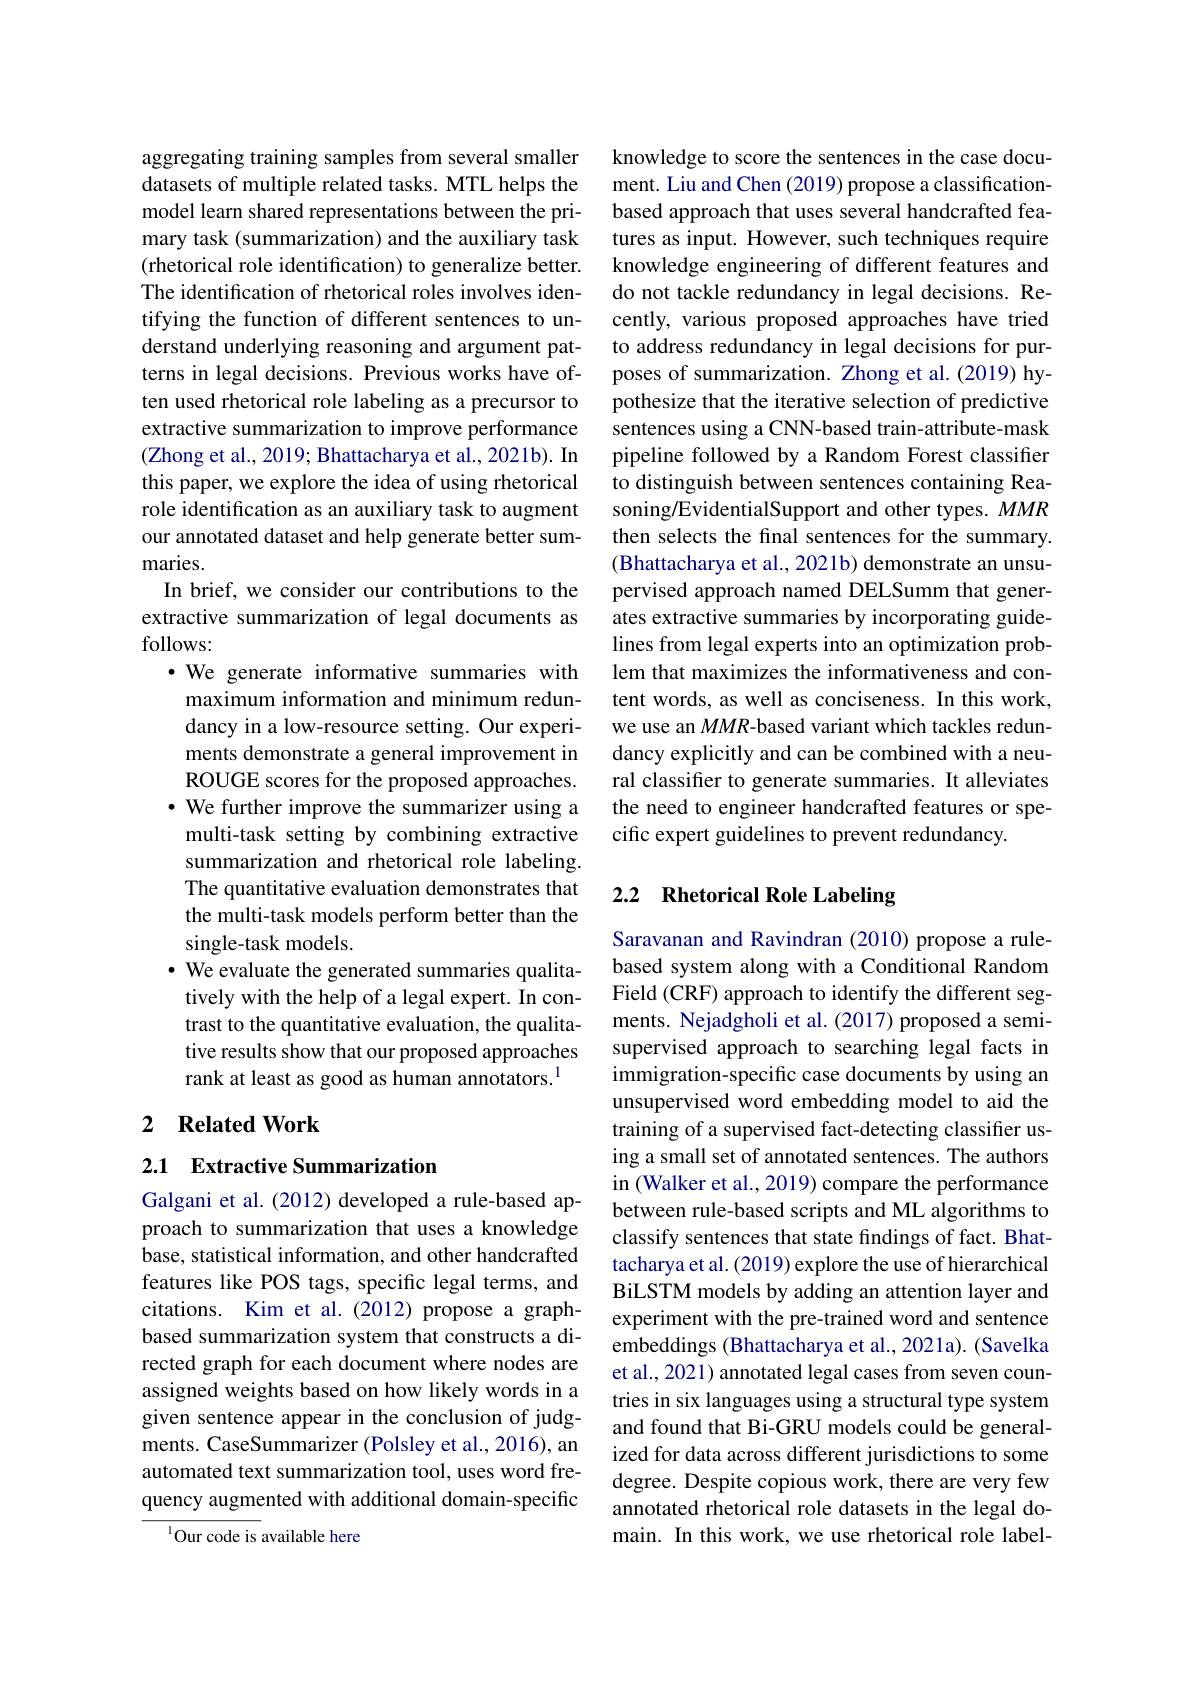
aggregating training samples from several smaller datasets of multiple related tasks. MTL helps the model learn shared representations between the primary task (summarization) and the auxiliary task (rhetorical role identification) to generalize better. The identification of rhetorical roles involves identifying the function of different sentences to understand underlying reasoning and argument patterns in legal decisions. Previous works have often used rhetorical role labeling as a precursor to extractive summarization to improve performance (Zhong et al., 2019; Bhattacharya et al., 2021b). In this paper, we explore the idea of using rhetorical role identification as an auxiliary task to augment our annotated dataset and help generate better summaries.
In brief, we consider our contributions to the extractive summarization of legal documents as follows:
·We generate informative summaries with
maximum information and minimum redundancy in a low-resource setting. Our experiments demonstrate a general improvement in ROUGE scores for the proposed approaches. $\cdot$ We further improve the summarizer using a multi-task setting by combining extractive summarization and rhetorical role labeling. The quantitative evaluation demonstrates that the multi-task models perform better than the single-task models
· We evaluate the generated summaries qualitatively with the help of a legal expert. In contrast to the quantitative evaluation, the qualitative results show that our proposed approaches rank at least as good as human annotators.$^{1}$
2 Related Work

## 2.1 Extractive Summarization

Galgani et al. (2012) developed a rule-based approach to summarization that uses a knowledge base, statistical information, and other handcrafted features like POS tags, specific legal terms, and citations. Kim et al.(2012) propose a graphbased summarization system that constructs a directed graph for each document where nodes are assigned weights based on how likely words in a given sentence appear in the conclusion of judgments. CaseSummarizer (Polsley et al., 2016), an automated text summarization tool, uses word frequency augmented with additional domain-specific

$^{1}{\mathrm{Our~code~is~available~here}}$

knowledge to score the sentences in the case document. Liu and Chen (2019) propose a classificationbased approach that uses several handcrafted features as input. However, such techniques require knowledge engineering of different features and do not tackle redundancy in legal decisions. Recently, various proposed approaches have tried to address redundancy in legal decisions for purposes of summarization. Zhong et al. (2019) hypothesize that the iterative selection of predictive sentences using a CNN-based train-attribute-mask pipeline followed by a Random Forest classifier to distinguish between sentences containing Reasoning/EvidentialSupport and other types. MMR then selects the final sentences for the summary. (Bhattacharya et al., 2021b) demonstrate an unsupervised approach named DELSumm that generates extractive summaries by incorporating guidelines from legal experts into an optimization problem that maximizes the informativeness and content words, as well as conciseness. In this work, we use an $MMR$-based variant which tackles redundancy explicitly and can be combined with a neural classifier to generate summaries. It alleviates the need to engineer handcrafted features or specific expert guidelines to prevent redundancy.

## 2.2 Rhetorical Role Labeling

Saravanan and Ravindran (2010) propose a rulebased system along with a Conditional Random Field (CRF) approach to identify the different segments. Nejadgholi et al.(2017) proposed a semisupervised approach to searching legal facts in immigration-specific case documents by using an unsupervised word embedding model to aid the training of a supervised fact-detecting classifter using a small set of annotated sentences. The authors in (Walker et al., 2019) compare the performance between rule-based scripts and ML algorithms to classify sentences that state findings of fact. Bhattacharya et al. (2019) explore the use of hierarchical BiLSTM models by adding an attention layer and experiment with the pre-trained word and sentence embeddings (Bhattacharya et al., 2021a). (Savelka et al., 2021) annotated legal cases from seven countries in six languages using a structural type system and found that Bi-GRU models could be generalized for data across different jurisdictions to some degree. Despite copious work, there are very few annotated rhetorical role datasets in the legal domain. In this work, we use rhetorical role label-